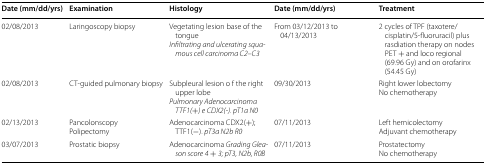
<table><thead><tr><td><b>Date (mm/dd/yrs)</b></td><td><b>Examination</b></td><td><b>Histology</b></td><td><b>Date (mm/dd/yrs)</b></td><td><b>Treatment</b></td></tr></thead><tbody><tr><td>02/08/2013</td><td>Laringoscopy biopsy</td><td>Vegetating lesion base of the tongue<i>Infiltrating and ulcerating squamous cell carcinoma C2</i>–<i>C3</i></td><td>From 03/12/2013 to 04/13/2013</td><td>2 cycles of TPF (taxotere/cisplatin/5-fluoruracil) plus rasdiation therapy on nodes PET + and loco regional (69.96 Gy) and on orofarinx (54.45 Gy)</td></tr><tr><td>02/08/2013</td><td>CT-guided pulmonary biopsy</td><td>Subpleural lesion o f the right upper lobe<i>Pulmonary Adenocarcinoma TTF1(</i>+<i>) e CDX2(</i>-<i>). pT1a N0</i></td><td>09/30/2013</td><td>Right lower lobectomyNo chemotherapy</td></tr><tr><td>02/13/2013</td><td>PancolonscopyPolipectomy</td><td>Adenocarcinoma CDX2(+); TTF1(−). <i>pT3a N2b R0</i></td><td>07/11/2013</td><td>Left hemicolectomyAdjuvant chemotherapy</td></tr><tr><td>03/07/2013</td><td>Prostatic biopsy</td><td>Adenocarcinoma <i>Grading Gleason score 4</i> + <i>3; pT3, N2b, R0B</i></td><td>07/11/2013</td><td>ProstatectomyNo chemotherapy</td></tr></tbody></table>